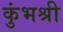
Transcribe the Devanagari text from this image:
कुंभश्री